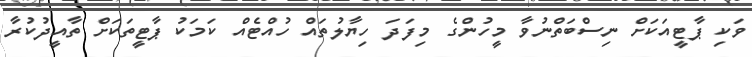
ވަކި ޕާޓީއަކަށް ނިސްބަތްނުވާ މީހުންގެ މިފަދަ ހިޔާލުތައް ހުއްޓެއް ކަމަކު ޕާޓީތަކަށް ތާއީދުކުރާ